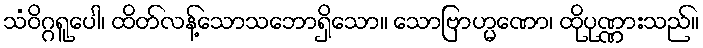
သံဝိဂ္ဂရူပေါ၊ ထိတ်လန့်သောသဘောရှိသော။ သောဗြာဟ္မဏော၊ ထိုပုဏ္ဏားသည်။